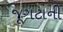
જૂગટાની